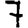
Digit: 7